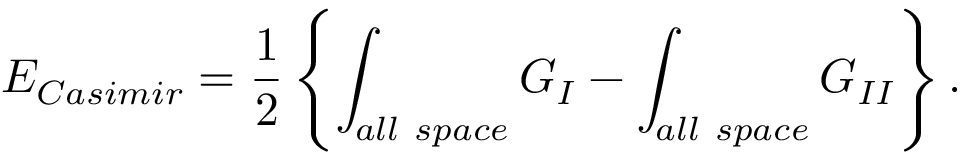
E _ { \small C a s i m i r } = { \frac { 1 } { 2 } } \left\{ \int _ { \small a l l ~ s p a c e } G _ { I } - \int _ { \small a l l ~ s p a c e } G _ { I I } \right\} .